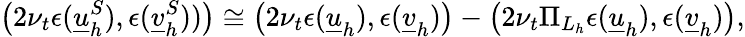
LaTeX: \big(2\nu_{t}\epsilon(\underline{{u}}_{h}^{S}),\epsilon(\underline{{v}}_{h}^{S}))\big)\cong\big(2\nu_{t}\epsilon(\underline{{u}}_{h}),\epsilon(\underline{{v}}_{h})\big)-\big(2\nu_{t}\Pi_{L_{h}}\epsilon(\underline{{u}}_{h}),\epsilon(\underline{{v}}_{h})\big),